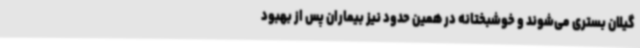
گیلان بستری می‌شوند و خوشبختانه در همین حدود نیز بیماران پس از بهبود